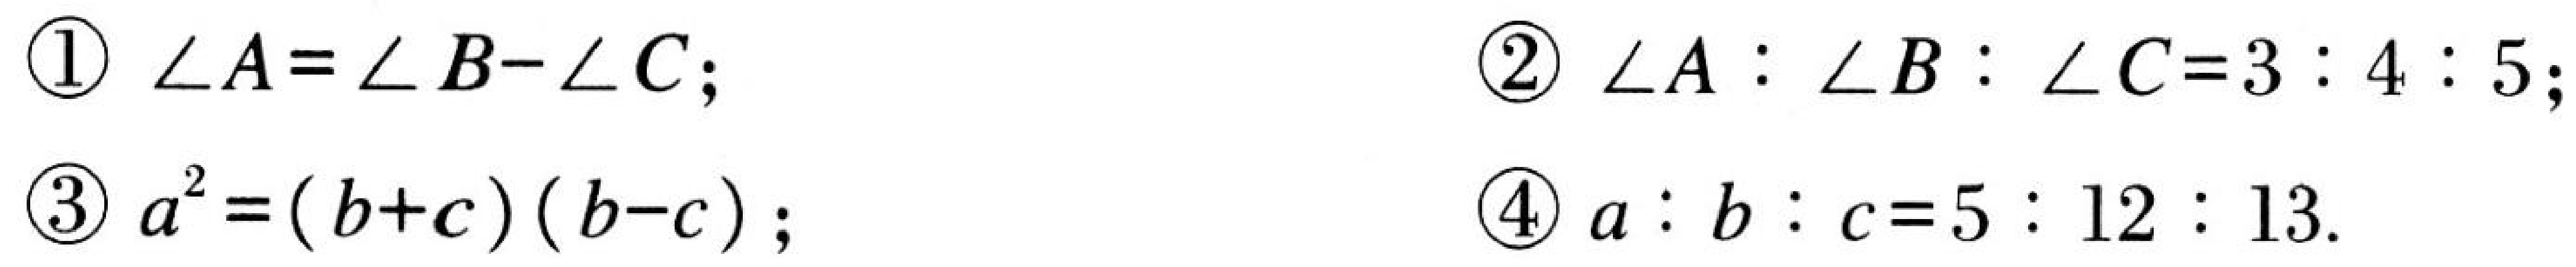
\textcircled{1} \(\angle A=\angle B - \angle C\);  \textcircled{2} \(\angle A:\angle B:\angle C = 3:4:5\);
\textcircled{3} \(a^{2}=(b + c)(b - c)\);  \textcircled{4} \(a:b:c = 5:12:13\).